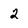
Character: 2